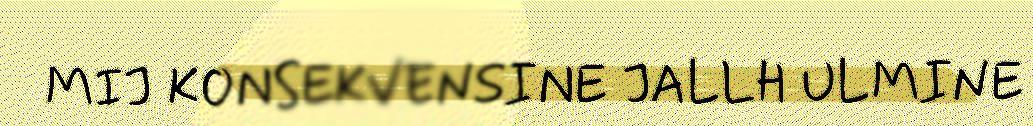
MIJ KONSEKVENSINE JALLH ULMINE